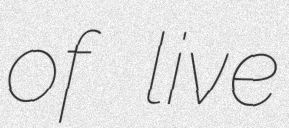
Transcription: of live